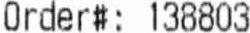
ORDER#: 138803